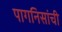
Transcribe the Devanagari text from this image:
पागनिसांची